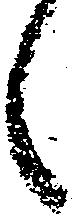
々